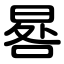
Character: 晷